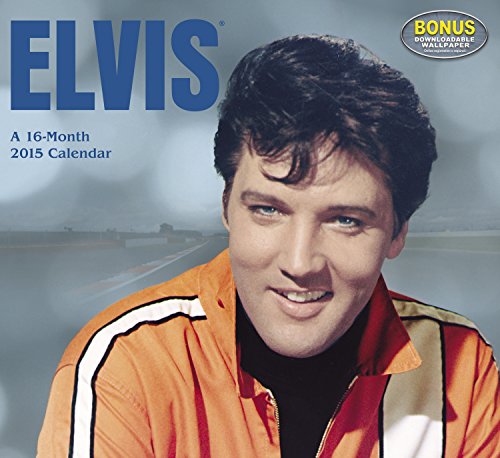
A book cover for Elvis Wall Calendar (2015); Day Dream; Calendars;